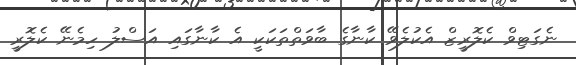
ނެގަޓިވް ކެލޮރީޒް އެކުލެވޭ ކާނާގެ ބާވަތްތަކަކީ އެ ކާނާގައި އަސްލު ހިމެނޭ ކެލޮރީ